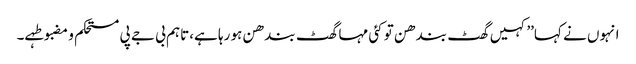
انہوں نے کہا’’کہیں گھٹ بندھن تو کئی مہا گھٹ بندھن ہو رہا ہے،تاہم بی جے پی مستحکم و مضبوطہے۔